Calcutta medical institutions reports 1871-78
Year: 1871
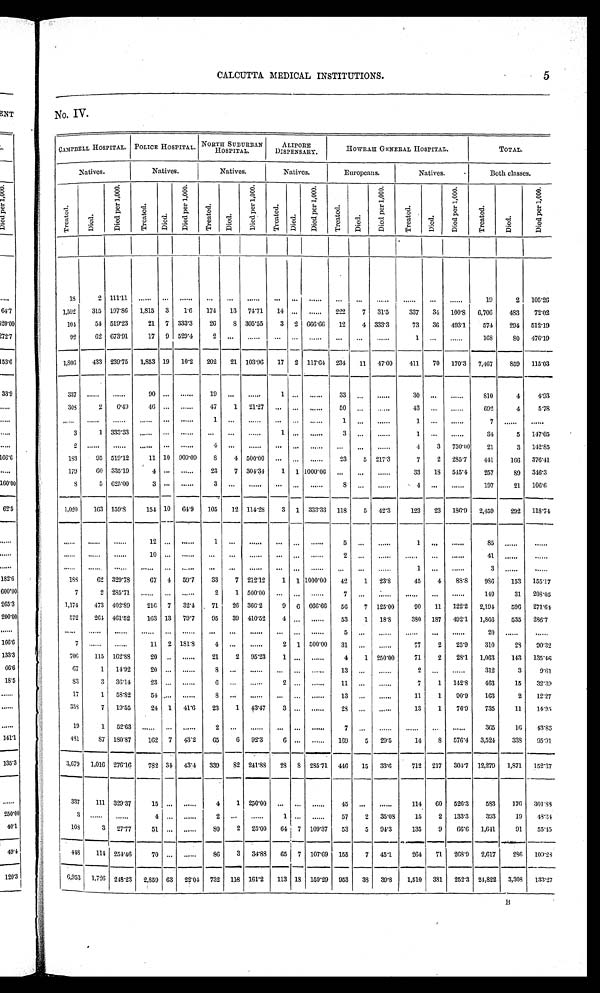
5
CALCUTTA MEDICAL INSTITUTIONS.
No . IV.
CAMPBELL HOSPITAL.
POLICE HOSPITAL. NORTH SUBURBAN
HOSPITAL.
ALIPORE
DISPENSARY.
HOWRAH GENERAL HOSPITAL.
TOTAL.
Natives.
Natives.
Natives.
Natives.
Europeans.
Natives.
Both classes.
T r e a t e d .
D i e d .
D i e d p e r 1 , 0 0 0 .
Tr e a t e d .
Di ed.
D i e d p e r 1 , 0 0 0 .
Tr eat ed.
D i e d .
D i e d p e r 1 , 0 0 0 .
T r e a t e d .
Died.
Di e d p e r 1 , 0 0 0 .
Tr eat ed.
D i e d .
D i e d p e r 1 , 0 0 0 .
T r e a t e d .
D i e d .
D i e d p e r 1 , 0 0 0 .
T r e a t e d .
Di e d.
D i e d p e r 1 , 0 0 0 .
18
2 111.11
. . .
. . .
. . .
. . . . . .
. . .
. . . . . .
. . .
. . . . . .
. . . . . .
. . .
. . .
19
2 105.26
1,592
315 197.86 1,815 3
1.6
174
13 74.71
14
. . . . . .
222
7 31.5
337
34 100.8
6,706
483
7 2 . 0 2
104
54 519.23
21 7 333.3
2 6
8 305.55
3
2666.06
12
4 333.3
73
3 6
493.1
574
294
512.19
92
62 673.91
17
9
529.4
2
. . .
. . .
. . . . . .
. . .
. . .
. . .
. . .
1
. . .
. . .
16S
8O 476.19
1,806
433 239.75 1,853 19
_
10.02
202
21 103.96
17
.
2 117.64 234
11 47.00
411
70 170.3 7.467
859 115.03
337
. . .
. . .
90 ...
. . .
19 ...
. . .
1
. . .
. . .
33 ...
. . .
30 ...
...
810
4
4 . 9 3
308
2
6.49
46 ...
. . .
47
1 21.27
. . . . . .
. . .
50
. . .
. . .
43
. . .
. . .
692
4
5.78
. . .
. . .
. . .
. . .
. . .
. . .
1
. . .
. . .
. . . . . .
. . .
1
. . .
. . .
1
. . .
. . .
7
. . .
. . .
3
1 333.33
. . .
. . .
. . .
. . .
. . .
. . . 1
. . .
. . . 3
. . .
. . .
1 ...
. . .
34
5
1 4 7 . 0 5
2
. . .
. . .
. . .
. . .
. . .
4
. . .
. . .
. . . . . .
. . . ...
...
...
4
3 750.00
21
3 1 4 2 . 8 5
183
05 519.12
11 10 909.09
8
4 500.00 ...
. . .
. . .
23
5 217.3
7
2 285.7
411
166 376.41
179
60 335.19
4 . . .
. . .
23
7 304.34
1
1
1 0 0 0 . 0 0
. . .
...
. . .
3 3
1 8
5 4 5 . 4
2 5 7
8 9
3 4 6 . 3
8
5 625.00
3 . . .
. . .
3
. . .
. . .
. . . . . .
. . . 8 ...
. . .
4 ...
. . .
197
21 1 0 6 . 6
1,020
163 159.8
154 10 64.9
105
12 114.28
3 1 333.33 118
5 42.3
123
23 186.9
2,459
292 1 1 8 . 7 4
. . .
. . .
. . .
12
. . .
. . .
1
. . .
. . .
. . . . . .
. . .
5
. . .
. . .
1
. . .
. . .
85
. . .
. . .
. . .
. . .
. . . 10
. . .
. . .
. . .
. . .
. . .
. . . . . .
. . . 2
. . .
. . .
. . .
. . .
. . .
41
. . .
. . .
. . .
. . .
. . .
. . .
. . .
. . .
. . .
. . .
. . .
. . . . . .
. . .
. . .
. . .
. . .
1
. . .
. . .
3
. . .
. . .
188
62 329.78
67 4 59.7
33
7 212.12
1
1
1 0 0 0 . 0 0
42
1
23.8
45
4
88.8
986
153 155.17
7
2
2 8 5 . 7 1
. . .
. . .
. . .
2
1
5 0 0 . 0 0
. . . . . .
. . .
7
. . .
. . .
. . .
. . .
. . .
1 4 9
3 1
2 0 8 . 0 5
1 , 1 7 4
4 7 3
4 0 2 . 8 9
2 1 6 7
3 2 . 4
7 1
2 6
3 6 6 . 2
9 6
6 6 6 . 6 6
5 6
7
1 2 5 . 0 0
9 0
1 1
1 2 2 . 2
2 , 1 9 4
5 9 6
2 7 1 . 6 4
572
264 461.52
163 13 79.7
95
39 410.52
4
. . .
. . .
53
1
18.8
380 187
492.1 1,866
535
2 8 6 . 7
. . .
. . .
. . .
. . .
. . .
. . .
. . .
. . .
. . .
. . . . . .
. . .
5
. . .
. . .
. . .
. . .
. . .
2 0
. . .
. . .
7
. . .
. . .
11 2 181.8
4 ...
. . .
2 1
5 0 0 . 0 0 31 ...
. . .
77
2
25.9
310
28
90.32
706
115 162.88
20
. . .
. . .
21
2 95.23
1
. . .
. . .
4
1 250.00
71
2
28.1
1,063
143 1 3 5 . 4 6
67
1 14.92
20 ...
. . .
8 ...
. . .
. . . . . .
. . . 13
. . .
. . .
2 ...
. . .
312
3
9.61
8 3
3 36.14
23 ...
. . .
6 ...
. . .
2
. . .
. . . 11
. . .
. . .
7
1 142.8
463
15
32.39
17
1 58.82
54
. . .
. . . 8
. . .
. . .
. . . . . .
. . . 13
. . .
. . .
11
1
90.9
163
2
12.27
358
7 19.55
24 1 41.6
23
1 43.47
3
. . .
. . .
28 ...
. . .
13
1
76.9
735
11
1 4 . 9 5
19
1 52.63
. . .
. . .
. . . 2
. . .
. . .
. . . . . .
. . . 7 ...
. . .
. . .
. . .
. . . 365
16
43.83
481
87 180.87
162 7 43.2
65
6 92.3
6 ...
. . .
169
5
29.5
14
8 576.4 3,524
338
95.91
3,679 1,016 276.16
782
3 4
43.4
339
82 241.88
28 8 285.71 446
15 33.6
712 217
304.7 12,279
1,871
152.37
3 3 7
1 1 1
3 2 9 . 3 7
1 5
. . .
. . .
4
1
2 5 0 . 0 0
. . .
. . .
. . .
4 5
. . .
. . .
1 1 4
6 0
5 2 6 . 3
5 8 3
1 7 6
3 0 1 . 8 8
3
. . .
. . .
4
. . .
. . .
2
. . .
. . .
1 . . .
. . .
5 7
2
3 5 . 0 8
1 5
2
1 3 3 . 3
3 9 3
1 9
4 8 . 3 4
1 0 8
3
2 7 . 7 7
5 1 . . .
. . .
8 0
2
2 5 . 0 0
6 4 7
1 0 9 . 3 7
5 3
5
9 4 . 3
1 3 5
9
6 6 . 6
1 , 6 4 1
9 1
5 5 . 4 5
4 4 8
1 1 4
2 5 4 . 4 6
7 0 . . .
. . .
8 6
3
3 4 . 8 8
6 5
7
1 0 7 . 6 9
1 5 5
7
4 5 . 1
2 6 4
7 1
2 6 8 . 9
2 , 6 1 7
2 8 6
1 0 9 . 2 8
6 , 9 5 3
1 , 7 2 6
2 4 8 . 2 3
2 , 8 5 9
6 3
2 2 . 0 4
7 3 2
1 1 8
1 6 1 . 2
1 1 3
1 8
1 5 9 . 2 9
9 5 3
3 8
3 9 . 8
1 , 5 1 0
3 8 1
2 5 2 . 3
2 4 , 8 2 2
3 3 , 0 8
1 3 3 . 2 7